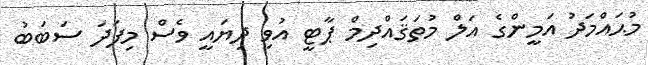
މުޙައްމަދު އަމީންގެ އަލް މުތަޤައްދިމް ޕާޓީ އުވި ދިޔައީ ވެސް މިފަދަ ސަބަބު